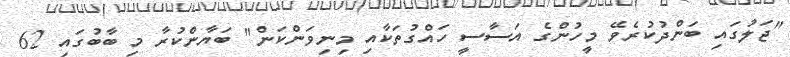
"ޖަލުގައި ބަންދުކުރެވޭ މީހުންގެ އަސާސީ ހައްގުތަކާއި މިނިވަންކަން" ބަޔާންކުރާ މި ބާބުގައި 62